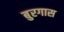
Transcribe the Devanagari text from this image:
बुरगास